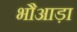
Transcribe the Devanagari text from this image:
भौआड़ा